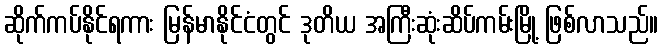
ဆိုက်ကပ်နိုင်ရကား မြန်မာနိုင်ငံတွင် ဒုတိယ အကြီးဆုံးဆိပ်ကမ်းမြို့ ဖြစ်လာသည်။